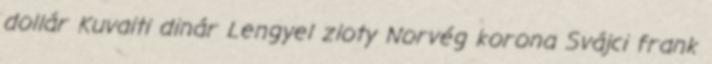
dollár Kuvaiti dinár Lengyel zloty Norvég korona Svájci frank